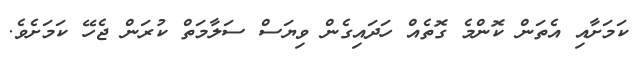
ކަމަށާއި އެތަން ކޮންމެ ގޮތެއް ހަދައިގެން ވިޔަސް ސަލާމަތް ކުރަން ޖެހޭ ކަމަށެވެ.